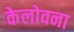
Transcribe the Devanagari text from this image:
केलोवना